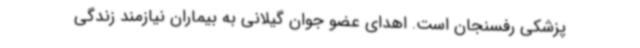
پزشکی رفسنجان است. اهدای عضو جوان گیلانی به بیماران نیازمند زندگی